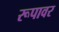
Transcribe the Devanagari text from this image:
रूपावर